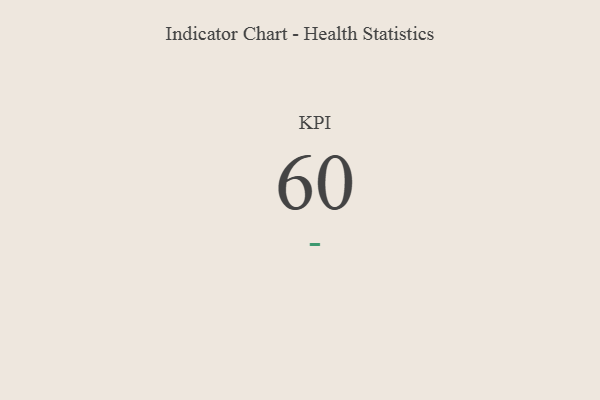
{"axis": {"x": "KPI", "y": "Value"}, "legend": [""], "data": [{"x": "KPI", "y": 60, "type": ""}]}